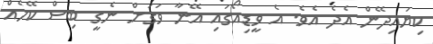
ކިޔައިދޭން އެދެ އެވެ. އެ ވީޑިއޯގައި އޭނާ ވަގަށް ނެގީ ބިސް ކޭހެއް